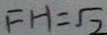
F H = \sqrt { 2 }